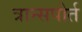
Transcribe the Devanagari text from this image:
त्रान्सपोर्त